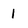
Character: 1